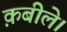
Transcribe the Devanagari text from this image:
क़बीले।